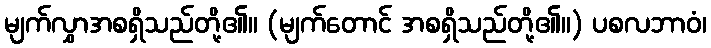
မျက်လွှာအစရှိသည်တို့၏။ (မျက်တောင် အစရှိသည်တို့၏။) ပစလဘာဝံ၊